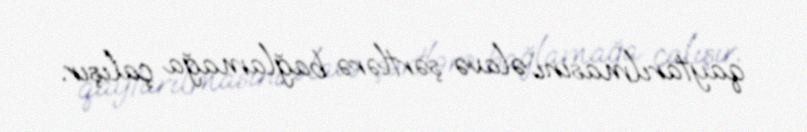
qaytarılmasını əlavə şərtlərə bağlamağa çalışır.